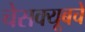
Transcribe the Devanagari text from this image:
चेसक्यूबचे